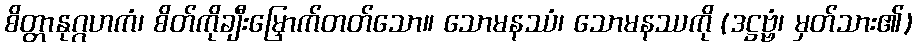
စိတ္တာနုဂ္ဂဟကံ၊ စိတ်ကိုချီးမြှောက်တတ်သော။ သောမနဿံ၊ သောမနဿကို (ဒဋ္ဌဗ္ဗံ၊ မှတ်သား၏)